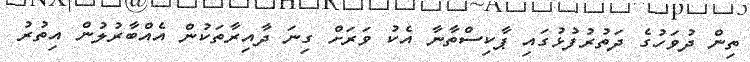
ތިން ދުވަހުގެ ދަތުރުފުޅުގައި ޕާކިސްތާނާ އެކު ވަރަށް ގިނަ ދާއިރާތަކުން އެއްބާރުލުން އިތުރު